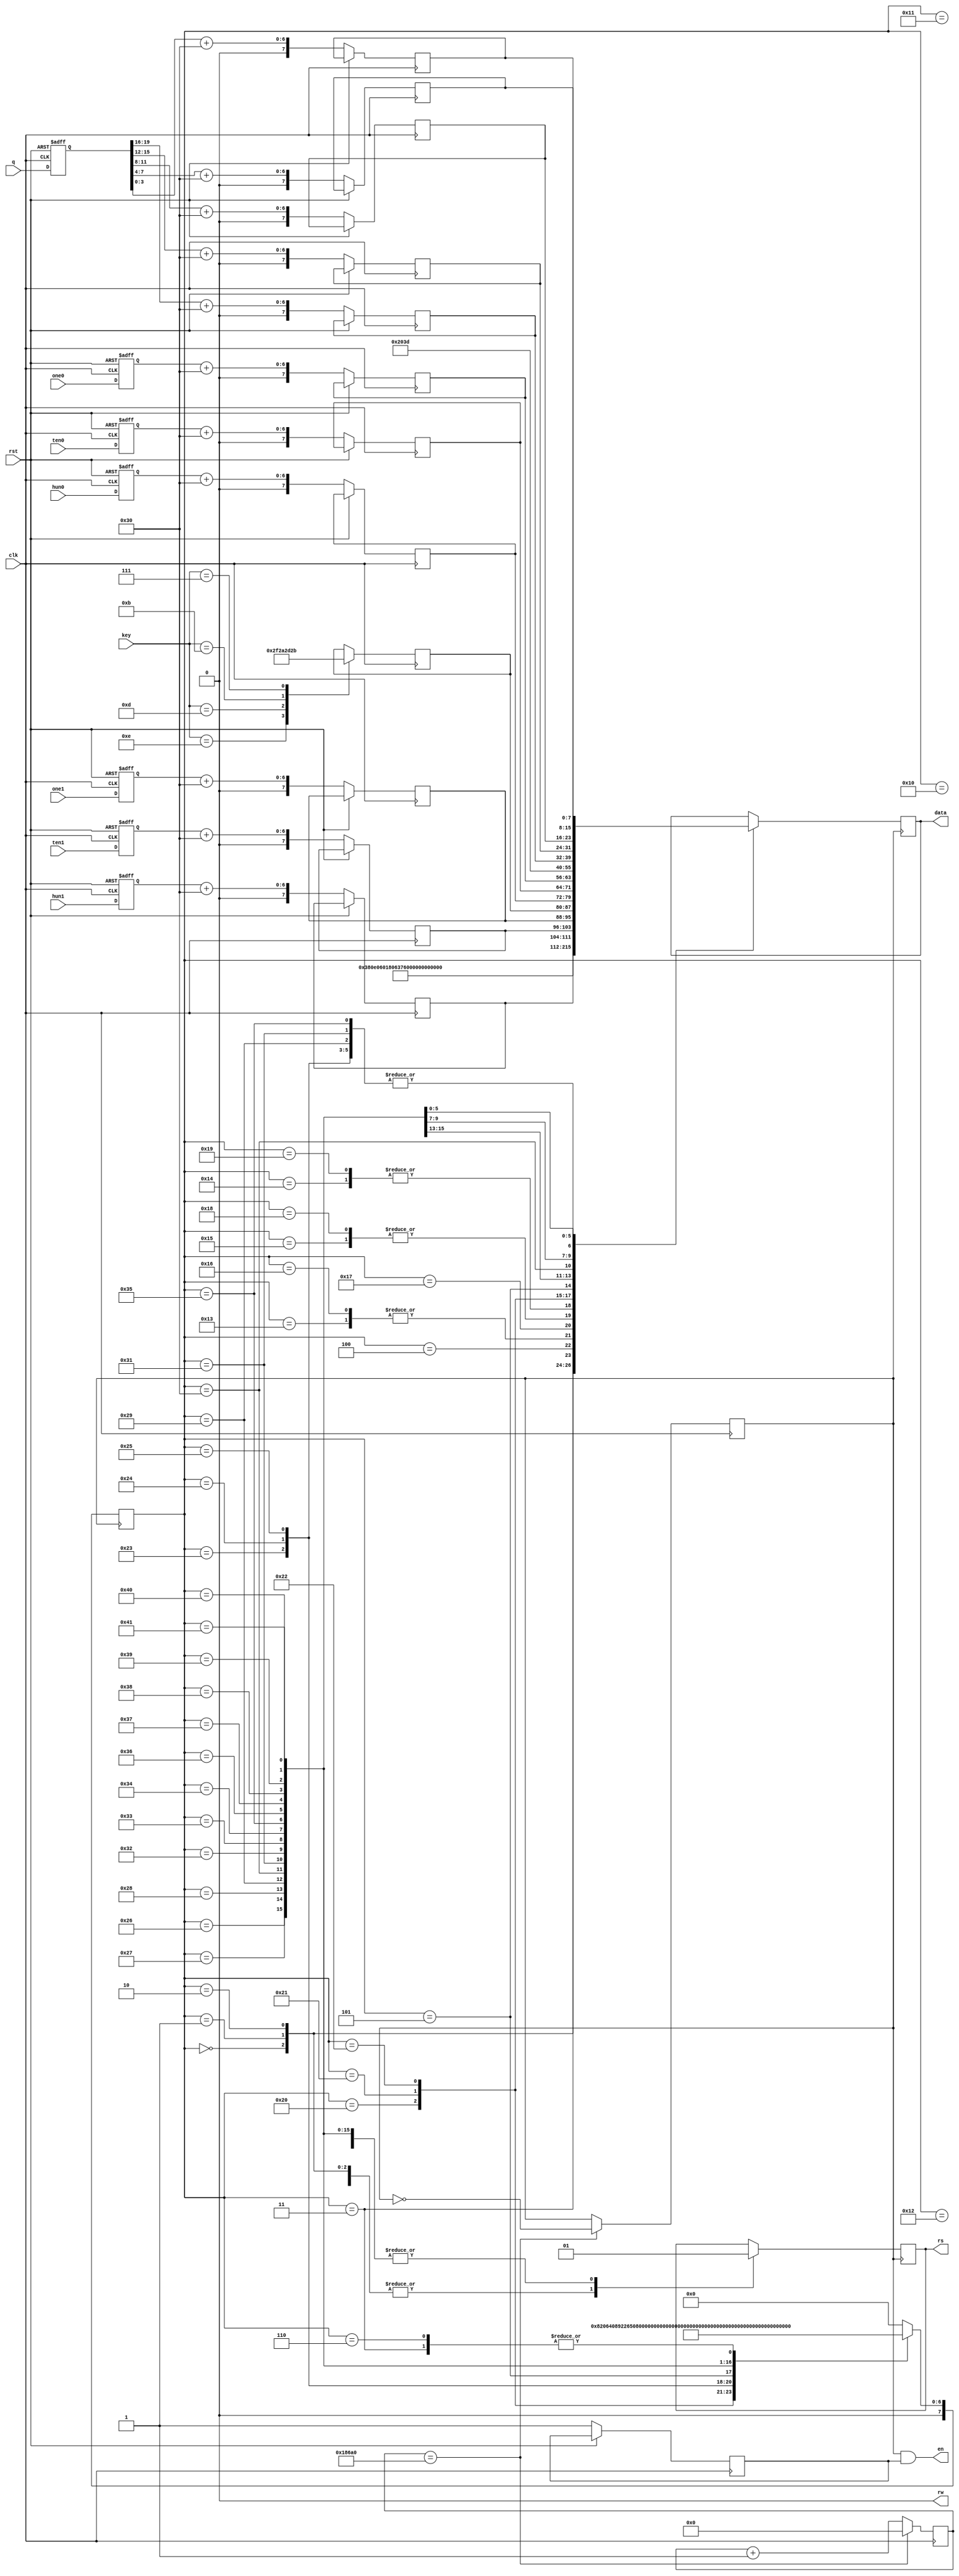
//LCDLCD
module LCD(
	rst,
	key,
	clk,
	ten0,one0,ten1,one1,
	hun0,hun1,
	q,
	rw,
	rs,
	en,
	data
	
	);
	input clk,rst;
	input[3:0] key;
	input [3:0]ten0,one0,ten1,one1;
	input [1:0]hun0,hun1;
	input [19:0]q;
	output rs,en,rw;
	output [7:0] data;
	
	reg rs,en_sel;
	reg [7:0] data;
	wire [3:0] ten0,one0,ten1,one1;
	wire [1:0] hun0,hun1;
	wire [19:0]q;
	reg [3:0] ten0_0,one0_0,ten1_1,one1_1;
	reg [1:0] hun0_0,hun1_1;
	reg [19:0]q_0;
	reg [31:0]count,count1;//LCD CLK 
	reg lcd_clk;
	reg [7:0] one_1,one_2,one_3,one_4,one_5,one_6,one_7,one_8,one_9,one_10,one_11,one_12,one_13,one_14,one_15,one_16;
	reg [7:0] two_1,two_2,two_3,two_4,two_5,two_6,two_7,two_8,two_9,two_10,two_11,two_12,two_13,two_14,two_15,two_16;
	reg [7:0] next,xianshi,two;
	parameter state0=8'h00,//8,2,5*7 8'h38;
	state1=8'h01,//,, 8'h0C  8'h0e
	state2=8'h02,//,8'h06
	state3=8'h03,//8'h01
	state4=8'h04,//80H
	state5=8'h05,//80H+40H

	scan=8'h06,
	nul=8'h07;

	parameter 
	   data0=8'h10,//232
		data1=8'h11,
		data2=8'h12,
		data3=8'h13,
		data4=8'h14,
		data5=8'h15,
		data6=8'h16,
		data7=8'h17,
		data8=8'h18,
		data9=8'h19,
		data10=8'h20,
		data11=8'h21,
		data12=8'h22,
		data13=8'h23,
		data14=8'h24,
		data15=8'h25,
		data16=8'h26,
		data17=8'h27,
		data18=8'h28,
		data19=8'h29,
		data20=8'h30,
		data21=8'h31,
		data22=8'h32,
		data23=8'h33,
		data24=8'h34,
		data25=8'h35,
		data26=8'h36,
		data27=8'h37,
		data28=8'h38,
		data29=8'h39,
		data30=8'h40,
		data31=8'h41;
initial//
begin

	//calculater
	one_1<=" "; one_2<=" "; one_3<=" "; one_4<="c"; one_5<="a"; one_6<="l"; one_7<="c"; one_8<="u";
	one_9<="l";one_10<="a";one_11<="t";one_12<="e";one_13<="r";one_14<=" ";one_15<=" ";one_16<=" ";
	// 
	two_1<=" "; two_2<=" "; two_3<=" "; two_4<=" "; two_5<=" "; two_6<=" "; two_7<=" "; two_8<=" ";
	two_9<=" ";two_10<=" ";two_11<="=";two_12<=" ";two_13<=" ";two_14<=" ";two_15<=" ";two_16<=" ";

	hun0_0<=0;ten0_0<=0;one0_0<=0;
	hun1_1<=0;ten1_1<=0;one1_1<=0;
	q_0<=0;
end

	always @(posedge clk )//LCD
	begin
	count<=count+1;
	if(count==100_000)
	begin
		count<=0;
		lcd_clk<=~lcd_clk;
	end
	end

	always @(posedge clk or posedge rst )//
	begin
		if(rst)
		begin
			hun0_0<=0;ten0_0<=0;one0_0<=0;
	      hun1_1<=0;ten1_1<=0;one1_1<=0;
	      q_0<=0;
		end
		else
		begin
	    en_sel<=1;
		 hun0_0<=hun0;ten0_0<=ten0;one0_0<=one0;
	    hun1_1<=hun1;ten1_1<=ten1;one1_1<=one1;
	    q_0<=q;
	    two_1<=(hun1_1)+8'b00110000;
	    two_2<=(ten1_1)+8'b00110000;
	    two_3<=(one1_1)+8'b00110000;
	    two_7<=(hun0_0)+8'b00110000;
	    two_8<=(ten0_0)+8'b00110000;
	    two_9<=(one0_0)+8'b00110000;
	    two_12<=(q_0[19:16])+8'b00110000;
	    two_13<=(q_0[15:12])+8'b00110000;
	    two_14<=(q_0[11:8])+8'b00110000;
	    two_15<=(q_0[7:4])+8'b00110000;
	    two_16<=(q_0[3:0])+8'b00110000;
		end
	end
	
	

//
always @(posedge clk)
begin
  case(key)
    4'b1110: two_5<=8'b00101111;
	 4'b1101: two_5<=8'b00101010;
	 4'b1011: two_5<=8'b00101101;
	 4'b0111: two_5<=8'b00101011;
	 default: two_5<=two_5;
  endcase
end
//LCD
	always @(posedge lcd_clk)
	begin
		case(next)
			state0:
			begin rs<=0; data<=8'h38; next<=state1;	end//
			state1:
			begin rs<=0; data<=8'h0e; next<=state2;	end
			state2:
			begin	rs<=0; data<=8'h06; next<=state3; end
			state3:
			begin	rs<=0; data<=8'h01; next<=state4;	end
			state4:
			begin rs<=0; data<=8'h80; next<=data0; end //
			data0:
			begin rs<=1; data<=one_1; next<=data1 ; end
			data1:
			begin rs<=1; data<=one_2; next<=data2 ; end
			data2:
			begin rs<=1; data<=one_3; next<=data3 ; end
			data3:
			begin rs<=1; data<=one_4; next<=data4 ; end
			data4:
			begin rs<=1; data<=one_5; next<=data5 ; end
			data5:
			begin rs<=1; data<=one_6; next<=data6 ; end
			data6:
			begin rs<=1; data<=one_7; next<=data7 ; end
			data7:
			begin rs<=1; data<=one_8; next<=data8 ; end
			data8:
			begin rs<=1; data<=one_9; next<=data9 ; end
			data9:
			begin rs<=1; data<=one_10; next<=data10 ; end
			data10:
			begin rs<=1; data<=one_11; next<=data11 ; end
			data11:
			begin rs<=1; data<=one_12; next<=data12 ; end
			data12:
			begin rs<=1; data<=one_13; next<=data13 ; end
			data13:
			begin rs<=1; data<=one_14; next<=data14 ; end
			data14:
			begin rs<=1; data<=one_15; next<=data15 ; end
			data15:
			begin rs<=1; data<=one_16; next<=state5 ; end

			state5:
			begin rs<=0; data<=8'hC0; next<=data16; end //
			data16 :
			begin rs<=1; data<=two_1; next<=data17 ; end
			data17:
			begin rs<=1; data<=two_2; next<=data18 ; end
			data18:
			begin rs<=1; data<=two_3; next<=data19 ; end
			data19:
			begin rs<=1; data<=two_4; next<=data20 ; end
			data20:
			begin rs<=1; data<=two_5; next<=data21 ; end
			data21:
			begin rs<=1; data<=two_6; next<=data22 ; end
			data22:
			begin rs<=1; data<=two_7; next<=data23 ; end
			data23:
			begin rs<=1; data<=two_8; next<=data24 ; end
			data24:
			begin rs<=1; data<=two_9; next<=data25 ; end
			data25 :
			begin rs<=1; data<=two_10; next<=data26 ; end
			data26:
			begin rs<=1; data<=two_11; next<=data27 ; end
			data27 :
			begin rs<=1; data<=two_12; next<=data28 ; end
			data28:
			begin rs<=1; data<=two_13; next<=data29 ; end
			data29:
			begin rs<=1; data<=two_14; next<=data30 ; end
			data30:
			begin rs<=1; data<=two_15; next<=data31 ; end
			data31:
			begin rs<=1; data<=two_16; next<=scan ; end

	scan: //
	begin
		next<=state4;
		end
	default:next<=state0;
	endcase
 end
 assign en=lcd_clk && en_sel;
 assign rw=0;
endmodule